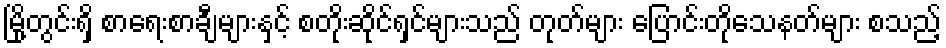
မြို့တွင်းရှိ စာရေးစာချီများနှင့် စတိုးဆိုင်ရှင်များသည် တုတ်များ ပြောင်းတိုသေနတ်များ စသည့်